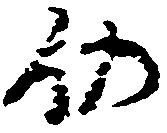
仍